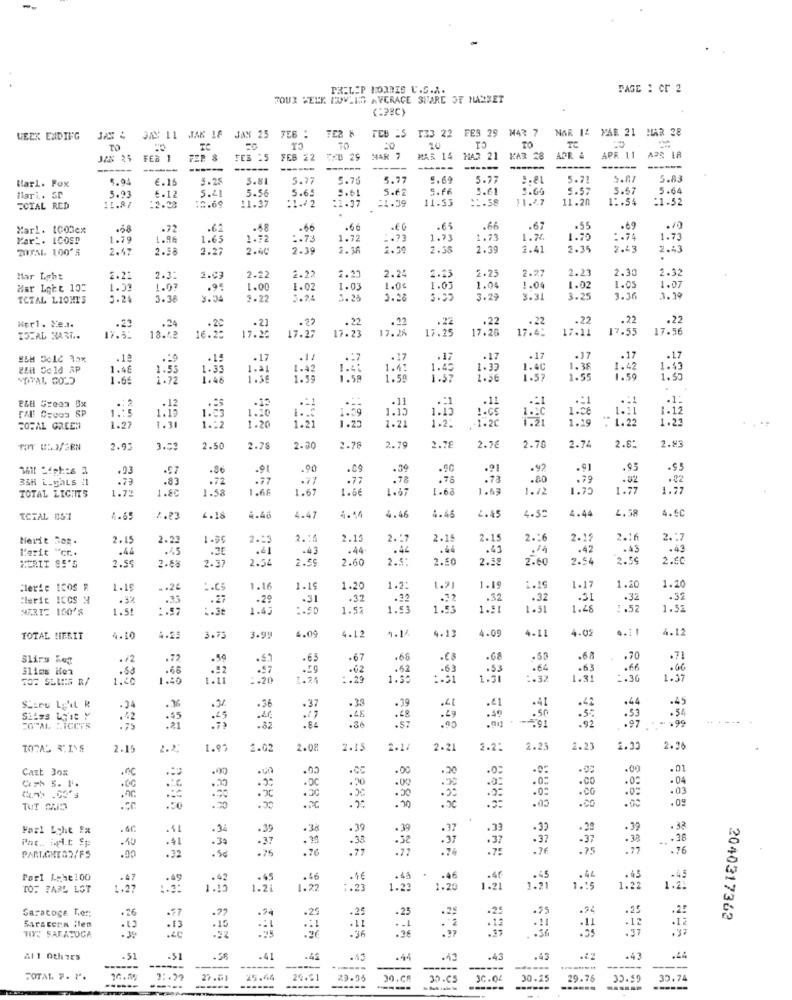
PHILIP MORRIS U.S.A.
PAGE : Cr 2
JOUR WELK LOVLIG AVERAGE SHARE SE HARSET
JAN 11 JAK 18
JAN 25
FEB :
TER 8
TEB 'S 133 22 FEB 29 M43 7
NAR 1& MAR 21 HAAR 28
WEEK ENDING
TO
TO
TC
10
TO
JAN 25
FEB 1
FER 8
FES :5
FEB 22
FEB 29
MAR 7
MAR 14 MAR 21
FAR 28
ADR &
APR 11
APS LA
-----
------
----
------
----
Mar1. Fox
5.94
€.15
5.25
5.81
5.77
5.75
5.69
5.77
5.81
5.71
5.87
5.83
5.21
5.56
5.62
5.46
5.61
5.60
5.57
5.57
5.64
Hiari. SP
5.93
6.12
:1.22
5.65
=1.39
1.53
1.38
11.47
11.20
1 :. 54
:1.52
ECTAL RED
11.87
:2.28
12.69
:1.37
:1.37
Karl. 1003cx
.58
.72
.62
.48
.66
-66
-65
.66
.67
.69
.10
Var". ICOSP
1.79
1.96
1.65
1.72
:. 73
1.72
1.73
1.73
1.73
1.74
1.70
:. 74
1.73
TOTAL. 100'S
2.47
2.58
2.27
2.40
2.39
1.36
2.39
2.39
2.41
1.35
7.43
2.43
2.25
2.27
2.23
2.30
2.32
Har Lebt
2.21
2.3:
2.03
2.22
2.22
2.24
2.25
Har Lett 10:
1.03
1.07
.95
1.00
1.02
1.03
1.04
1.03
1.04
1.04
1.02
1.05
1.07
ICIAL LIOHIS
5.24
3.38
3.34
2.22
3.24
.. 25
3.29
3.31
3.25
3.36
.23
.24
.22
- 22
. 19
.22
.22
.22
.22
.22
Her1. Xel.
16. 20
17.26
17.27
17. 2%
17.25
17.26
17.45
17.11 17.55
17.56
TOTAL KARL.
17.5:
13.42
17.23
.14
.17
.11
.. 7
.17
.17
.17
-17
.17
.17
ZIH Gold &P
1.46
1.55
1.33
1.31
1.42
1.41
1.45
1.32
1.40
1.38
1.42
1.30
1.49
VOITAL GOLD
1.66
1.48
1.55
1.59
58
1.58
1.57
2.56
1-57
1.55
1. 50
.12
.13
.11
.: 1
.11
.1:
E&# Green Bx
SP
1 .: 5
1.13
1.10
1.59
1.15
1.15
1.08
1.11
1.12
1.97
1 .: 2
1.20
1.
1.31
1.25
1.2:
1-2C
1.19
1.22
1.23
COFAL GREEN
1.30
1.21
2.83
TOT USD/ RN
2.93
3.03
2.50
2.78
2.30
2.78
2.79
2.78
2.7€
2.70
2.72
2.8:
.93
.$7
.9
.90
.09
.39
.92
.91
.95
.95
338 L_ghLs #1
.83
.77
.77
.78
. 78
.80
.79
.82
.22
TOTAL LIGHTS
1.72
1.80
1.58
1.66
1.67
1.6€
1.87
.68
.63
1.72
1.75
1.77
1.7
3.44
4.58
4.5C
ICTAL 051
2.23
4.18
4.46
4.4
4.14
4.46
4.45
.45
4.52
Nerie Rop.
2.15
2.22
1.99
2.13
2.16
2.15
2. :
2.1
2.1
2.16
2.1:
2.16
2 .:
L'arit "cr ..
.44
.45
.30
.43
.44
.44
.44
.43
.42
.43
.43
2.55
2.68
2.37
2.54
2.59
2.60
2.5:
2.50
2.58
2.60
2.54
2.59
2.50
MERIT SE'S
1.5
Merie ICOS R
1.15
.. 24
:. CS
1.1
1.15
1.20
1.2
1.91
1.19
1.1
1.17
1.20
Merit ICCS N
.33
.27
.29
.31
.32
.32
.32
.32
.31
.32
+32
NERIE 160'S
1.5!
:. 57
:. 3e
1.43
1.5%
1.53
1.91
1.51
1.4
.52
1.52
9.12
4.13
4.00
1.02
4.11
4.12
TOTAL !IFRIT
4.10
4.25
3.75
3.99
4.09
.12
4-11
Slirs Reg
. 72
.72
.65
.67
.68
-68
.53
.68
.70
.71
Slims ifea
.68
.66
.92
.59
.62
.62
.63
.53
.64
.63
.66
TO: SEUS R/
1.40
1.40
. 74
-. 20
1.50
1.31
1.3
2.36
1.37
.36
.39
.39
.41
.44
.45
.34
.36
.37
.48
.41
.41
.53
.54
.42
.$5
:21
.45
.48
.57
.49
.50
.55
:97
-. 99
TOTAL LIGHTS
.82
.86
TOTAL 5'I'S
2.15
1.92
2.02
2.08
2.1.
2.1
2.21
2.2:
2.25
2.2
1.33
2.36
Cazt Box
.00
.CC
.00
.20
.0:
.00
.00
.01
.20
.00
.0:
.0:
.00
.00
.04
.90
.30
.05
.CO
.03
.*
.30
.20
.30
.CO
TUT QUE
.30
.00
.00
.09
Fari Echt Ex
. 36
.38
.39
. 39
. 3
.32
. 39
Par .. helt Sp
.40
.$1
.39
.38
.32
.37
.37
:37
. 33
..
. . 36
.00
.32
.26
.75
.75
.77
.76
Port Lehe100
.47
.49
.42
.1€
.45
.46
.46
1.91
.45
1. 15
.44
.45
TOT PARL LOT
1.27
1.15
1.21
1.22
.27
1.23
1.20
1.21
1.22
Saratoge Lon:
.26
.2
-25
.25
.75
.35
.25
Sarscena Hlen
.13
.12
.12
2040317362
. 2
.37
TIVE SARATOGA
All Others
. 51
-$1
.41
.42
.45
1.43
.43
.22
.43
------
-----
-----
-----
--
----
------
------
-----.
----
TOTAL. F. P.
27.01
25.44
22.51
30.CM
39.05
3C.Q4
30.25
29.76
33.59
30.74
----
-----
------
------
----
------